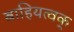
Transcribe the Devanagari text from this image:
बाहियत्वक्‌